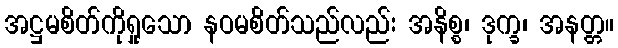
အဋ္ဌမစိတ်ကိုရှုသော နဝမစိတ်သည်လည်း အနိစ္စ၊ ဒုက္ခ၊ အနတ္တ။